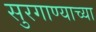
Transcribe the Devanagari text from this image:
सुरगाण्याच्या